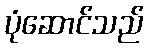
ပုံဆောင်သည်